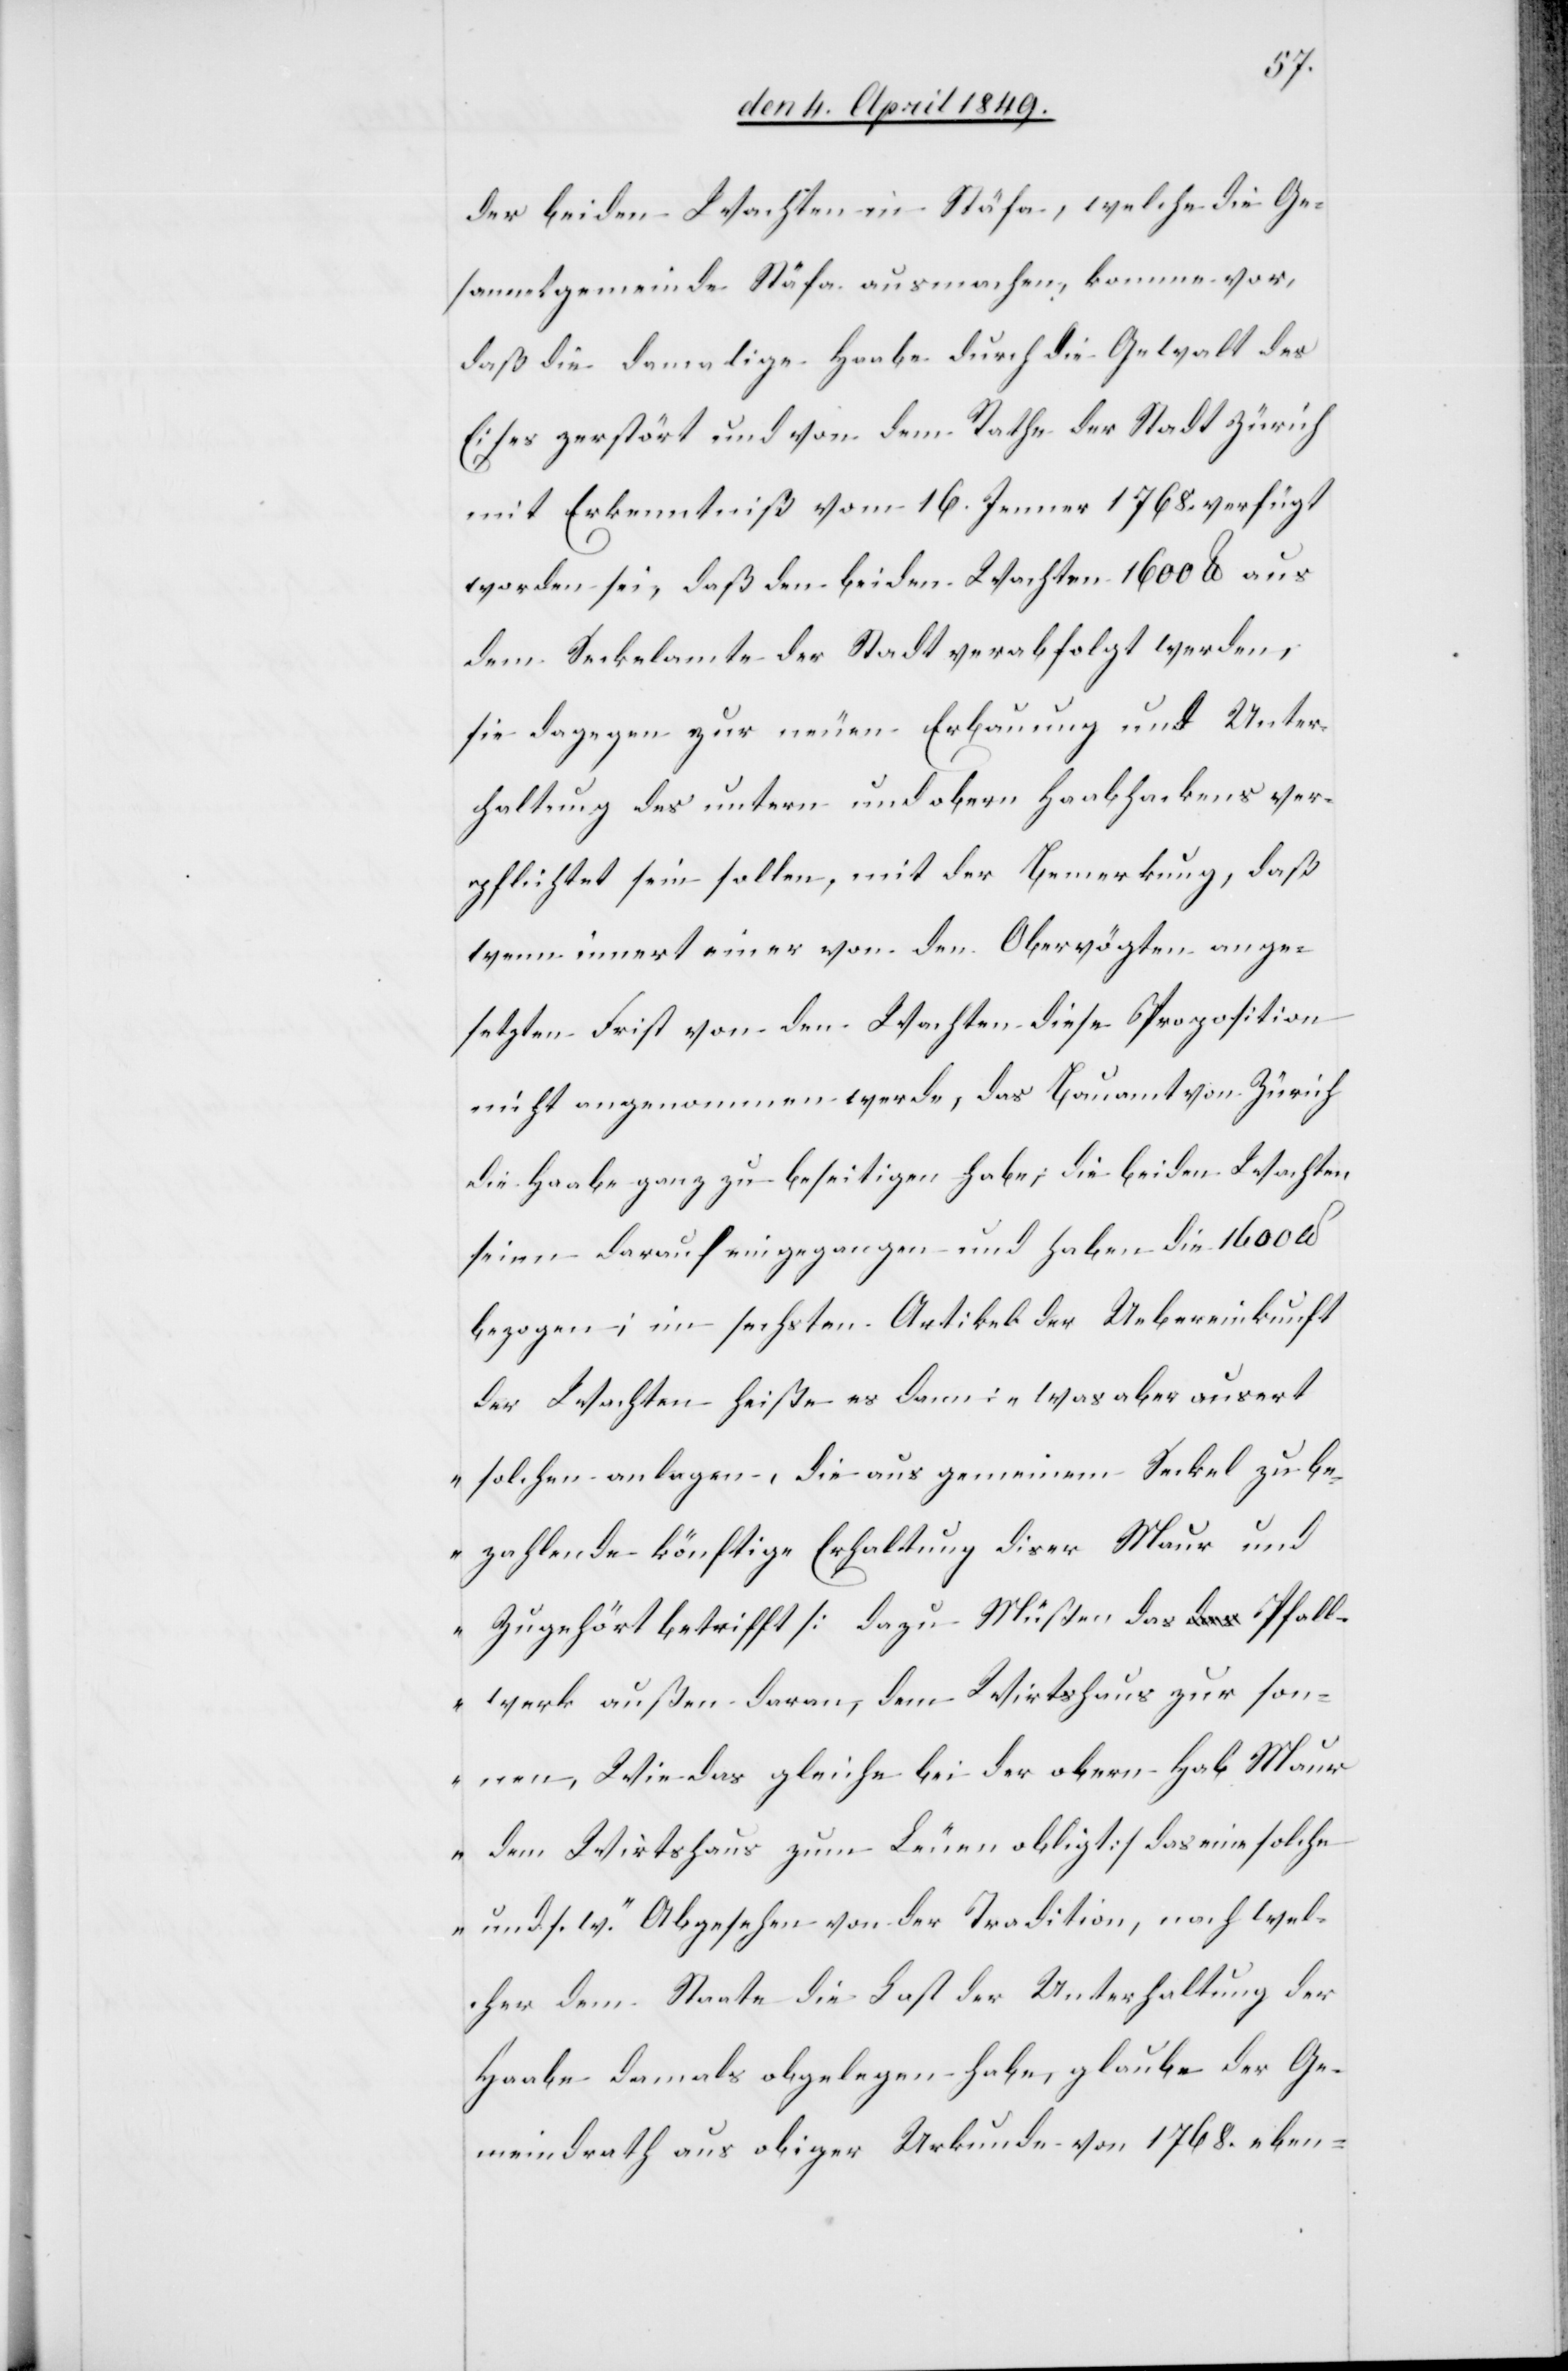
der beiden Wachten in Stäfa, welche die Ge¬
sammtgemeinde Stäfa ausmachen, komme vor,
daß die damalige Haabe durch die Gewalt des
Eises zerstört und von dem Rathe des Innern
mit Erkenntniß vom 16. Jenner 1768. verfügt
worden sei, daß den beiden Wachten 1600 lb aus
dem Seckelamte der Stadt verabfolgt werden,
sie dagegen zur neuen Erbauung und Unter¬
haltung des untern und obern Haabhackens ver¬
pflichtet sein sollen, mit der Bemerkung, daß
wenn innert einer von den Obervögten ange¬
setzten Frist von den Wachten diese Proposition
nicht angenommen werde, das Bauamt von Zürich
die Haabe ganz zu beseitigen habe; die beiden Wachten
seien darauf eingegangen und haben die 1600 lb
bezogen; im sechsten Artikel der Uebereinkunft
der Wachten heiße es dann: „was aber ausert
solchen anlagen, die aus gemeinem Maur un¬
d Zugehört betrifft [dazu Müßen das Pfall¬
werk außen daran, dem Wirtshaus zur son¬
nen, Wie das gleiche bei der obern Hab Maur
dem Wirtshaus zum Leuen obligt] das eine solche
und s. w.“ Abgesehen von der Tradition, nach wel¬
cher dem Staate die Last der Unterhaltung der
Haabe damals obgelegen habe, glaube der Ge¬
meindrath aus obiger Urkunde von 1768. eben-